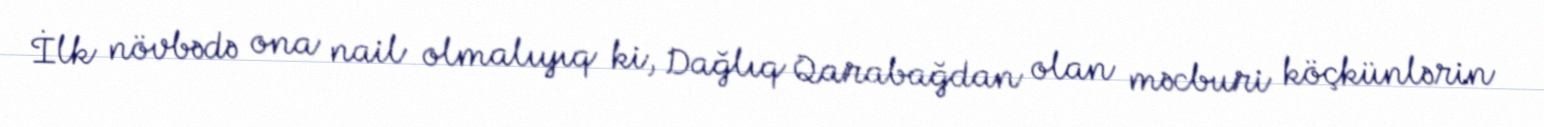
İlk növbədə ona nail olmalıyıq ki, Dağlıq Qarabağdan olan məcburi köçkünlərin